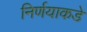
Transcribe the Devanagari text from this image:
निर्णयाकडे